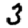
Digit: 3